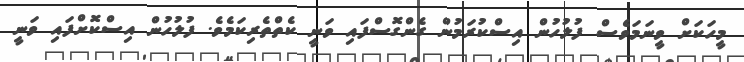
މީހަކަށް ވީނަމަވެސް ފުލުހުން އިސްކުރަމުން ގެންގޮސްފައި ވަނީ ކެތްތެރިކަމެވެ. ފުލުހުން އިސްކޮށްފައި ވަނީ